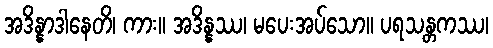
အဒိန္နာဒါနေတိ၊ ကား။ အဒိန္နဿ၊ မပေးအပ်သော။ ပရသန္တကဿ၊